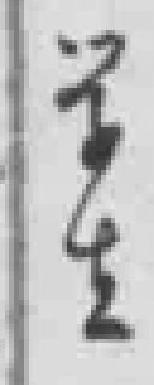
学生